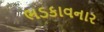
ભડકાવનાર